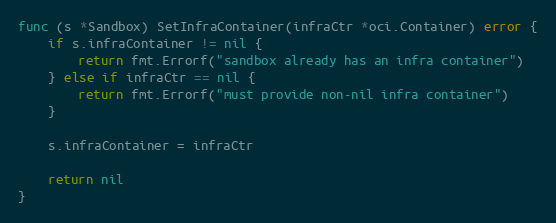
Language: Go
func (s *Sandbox) SetInfraContainer(infraCtr *oci.Container) error {
	if s.infraContainer != nil {
		return fmt.Errorf("sandbox already has an infra container")
	} else if infraCtr == nil {
		return fmt.Errorf("must provide non-nil infra container")
	}

	s.infraContainer = infraCtr

	return nil
}